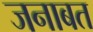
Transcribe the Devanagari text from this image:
जनाबत